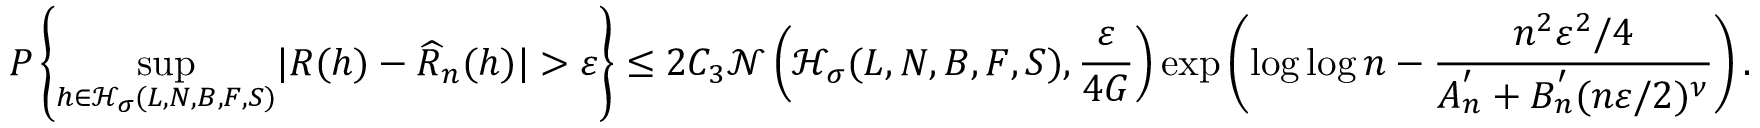
P \left\{ \underset { h \in \mathcal { H } _ { \sigma } ( L , N , B , F , S ) } { \operatorname* { s u p } } | R ( h ) - \widehat { R } _ { n } ( h ) | > \varepsilon \right\} \leq 2 C _ { 3 } \mathcal { N } \left( \mathcal { H } _ { \sigma } ( L , N , B , F , S ) , \frac { \varepsilon } { 4 G } \right) \exp \left( \log \log n - \frac { n ^ { 2 } \varepsilon ^ { 2 } / 4 } { A _ { n } ^ { ' } + B _ { n } ^ { ' } ( n \varepsilon / 2 ) ^ { \nu } } \right) .